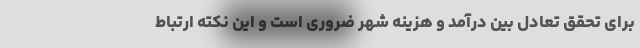
برای تحقق تعادل بین درآمد و هزینه شهر ضروری است و این نکته ارتباط